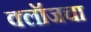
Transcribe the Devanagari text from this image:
क्लॉजचा